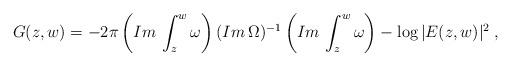
LaTeX: \begin{align*}G(z,w)=-2\pi\left(Im\,\int_{z}^{w}\omega\right)(Im\,\Omega)^{-1}\left(Im\,\int_{z}^{w}\omega\right)-\log{|E(z,w)|^{2}}\;,\end{align*}